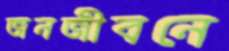
জনজীবনে